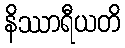
နိဿာရီယတိ